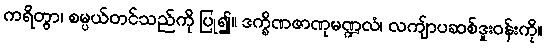
ကရိတွာ၊ စမ္ပယ်တင်သည်ကို ပြု၍။ ဒက္ခိဏဇာဏုမဏ္ဍလံ၊ လကျ်ာပဆစ်ဒူးဝန်းကို။